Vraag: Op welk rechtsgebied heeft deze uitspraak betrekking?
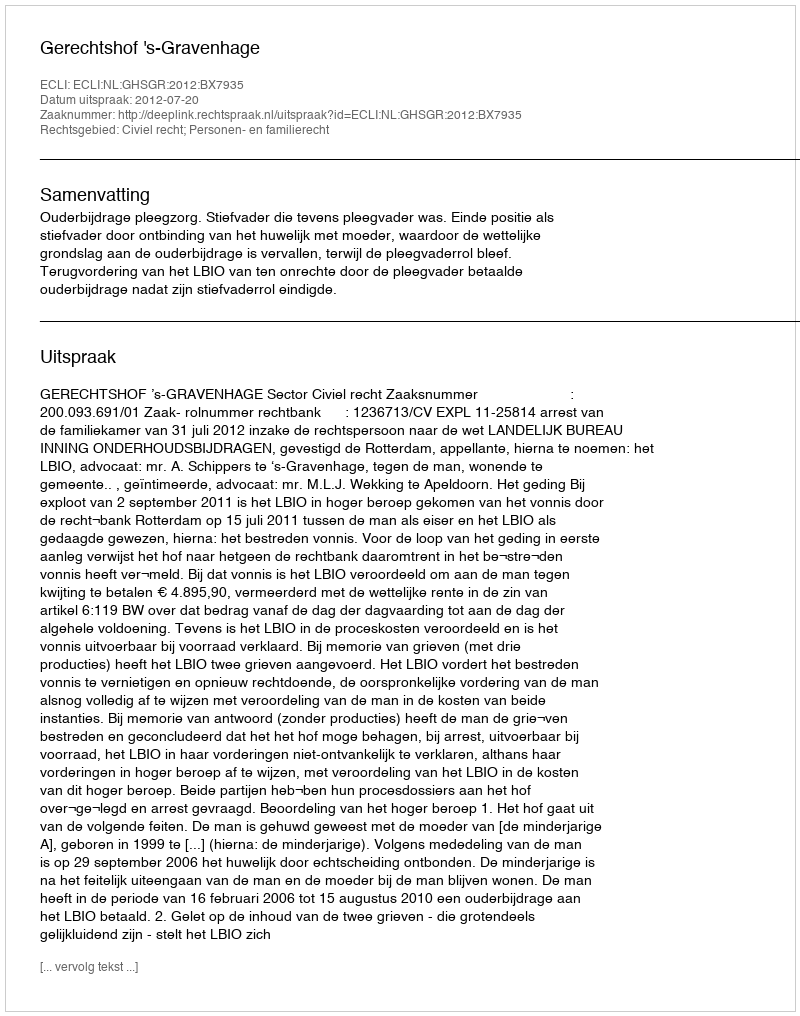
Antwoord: Civiel recht; Personen- en familierecht